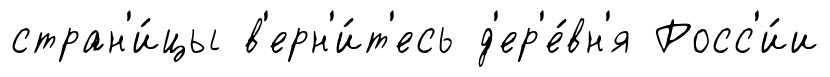
стран'и́цы в'ерн'и́т'есь д'ер'е́вн'я Росс'и́и